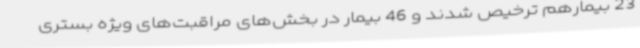
23 بیمارهم ترخیص شدند و 46 بیمار در بخش‌های مراقبت‌های ویژه بستری